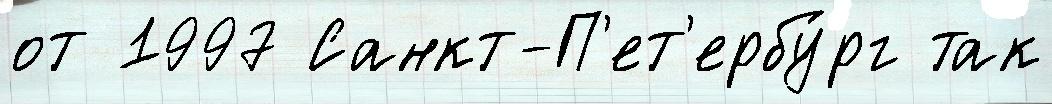
от 1997 Санкт-П'ет'ербу́рг так